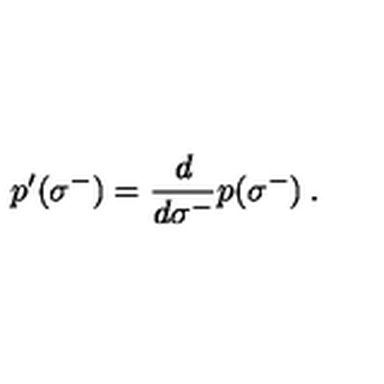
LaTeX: \: p ^ { \prime } ( \sigma ^ { - } ) = \frac { d } { d \sigma ^ { - } } p ( \sigma ^ { - } ) \: .